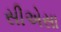
સીએસા